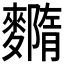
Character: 𪍳